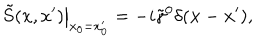
LaTeX: \left. \tilde { S } ( x , x ^ { \prime } ) \right| _ { x _ { 0 } = x _ { 0 } ^ { \prime } } = - i \tilde { \gamma } ^ { 0 } \delta ( { \bf x } - { \bf x } ^ { \prime } ) ,